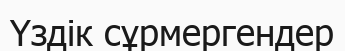
Үздік сұрмергендер